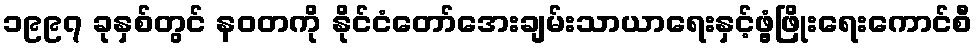
၁၉၉၇ ခုနှစ်တွင် နဝတကို နိုင်ငံတော်အေးချမ်းသာယာရေးနှင့်ဖွံ့ဖြိုးရေးကောင်စီ